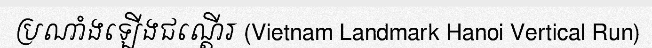
ប្រណាំងឡើងជណ្តើរ (Vietnam Landmark Hanoi Vertical Run)